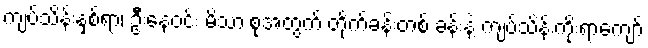
ကျပ်သိန်းနှစ်ရာ၊ ဦးနေဝင်း မိသားစုအတွက် တိုက်ခန်းတစ် ခန်းနဲ့ ကျပ်သိန်းကိုးရာကျော်